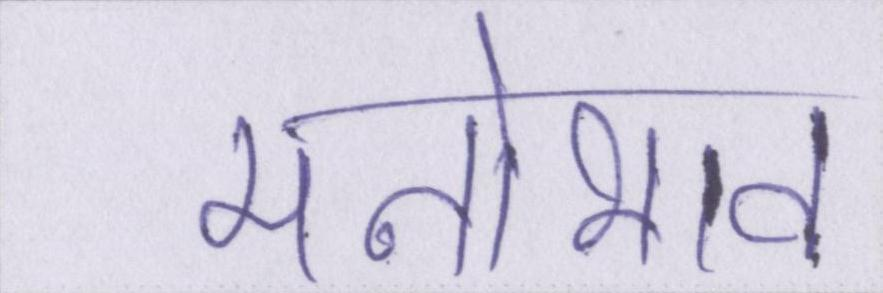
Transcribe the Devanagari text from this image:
मनोभाव